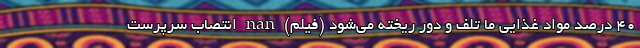
۴۰ درصد مواد غذایی ما تلف و دور ریخته می‌شود (فیلم) nan انتصاب سرپرست